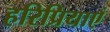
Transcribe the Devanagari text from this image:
हरिप्रियाएँ